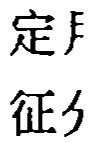
定月
征彳